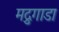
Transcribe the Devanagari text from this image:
मद्रुगाडा